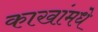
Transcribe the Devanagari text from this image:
काखांमधे